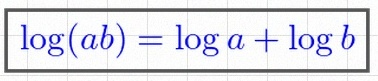
\log(ab)=\log a+\log b